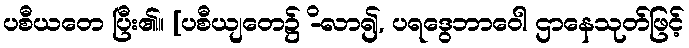
ပစီယတေ ပြီး၏။ [ပစီယျတေ၌ -ိလာ၍, ပရဒွေဘာဝေါ ဌာနေသုတ်ဖြင့်